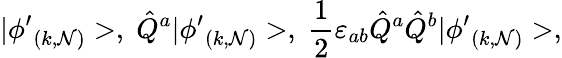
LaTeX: |{\phi^{\prime}}_{(k,\mathcal{N})}>,\; \hat{{Q}}^{a}|{\phi^{\prime}}_{(k,\mathcal{N})}>,\; \frac{{1}}{{2}}\varepsilon_{ab}\hat{{Q}}^{a}\hat{{Q}}^{b}|{\phi^{\prime}}_{(k,\mathcal{N})}>,